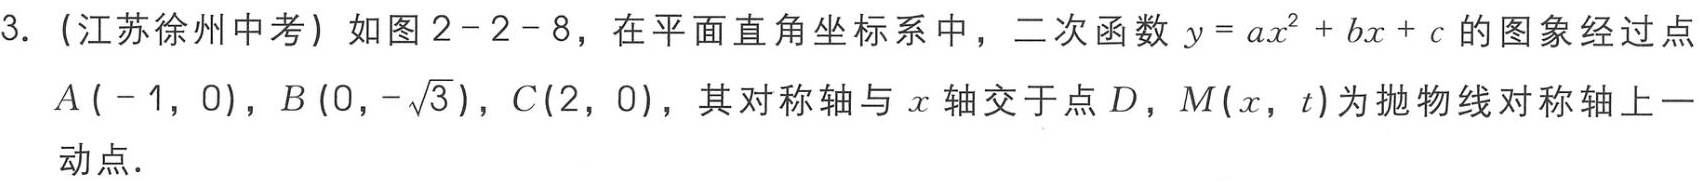
3. (江苏徐州中考) 如图2 - 2 - 8，在平面直角坐标系中，二次函数\(y = ax^{2}+bx + c\)的图象经过点\(A(-1,0)\)，\(B(0,-\sqrt{3})\)，\(C(2,0)\)，其对称轴与\(x\)轴交于点\(D\)，\(M(x,t)\)为抛物线对称轴上一动点.